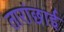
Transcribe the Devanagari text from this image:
तारांछाई